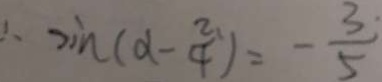
\therefore \sin ( d - \frac { 2 } { 4 } ) = - \frac { 3 } { 5 }